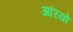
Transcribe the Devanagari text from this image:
अरियो